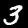
Label: 3